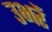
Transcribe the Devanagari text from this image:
उभरें